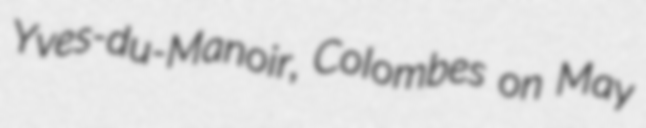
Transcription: Yves-du-Manoir, Colombes on May